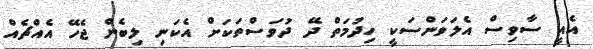
އެއީ ސާވިސް އެލަވަންސަކީ ހިދުމަތް ދޭ ދުވަސްތަކަށް އެކަނި ލިބެން ޖެހޭ އެއްޗެއް